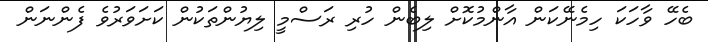
ބެހޭ ވާހަކަ ހިމެނޭކަން އާންމުކޮށް ލިބެން ހުރި ރަސްމީ ލިޔުންތަކުން ކަށަވަރުވެ ފެންނަން